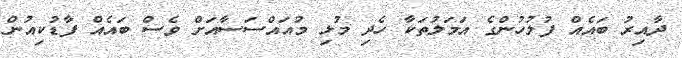
ދާއިރު ބައެއް ފުލުހުންގެ އަމަލުތަކާ ހެދި މުޅި މުއައްސަސާއަށް ވެސް ބައެއް ފާޑުކިއުން